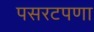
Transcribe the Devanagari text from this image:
पसरटपणा